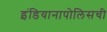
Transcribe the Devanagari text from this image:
इंडियानापोलिसची